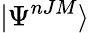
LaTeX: \vert\Psi^{nJM}\rangle